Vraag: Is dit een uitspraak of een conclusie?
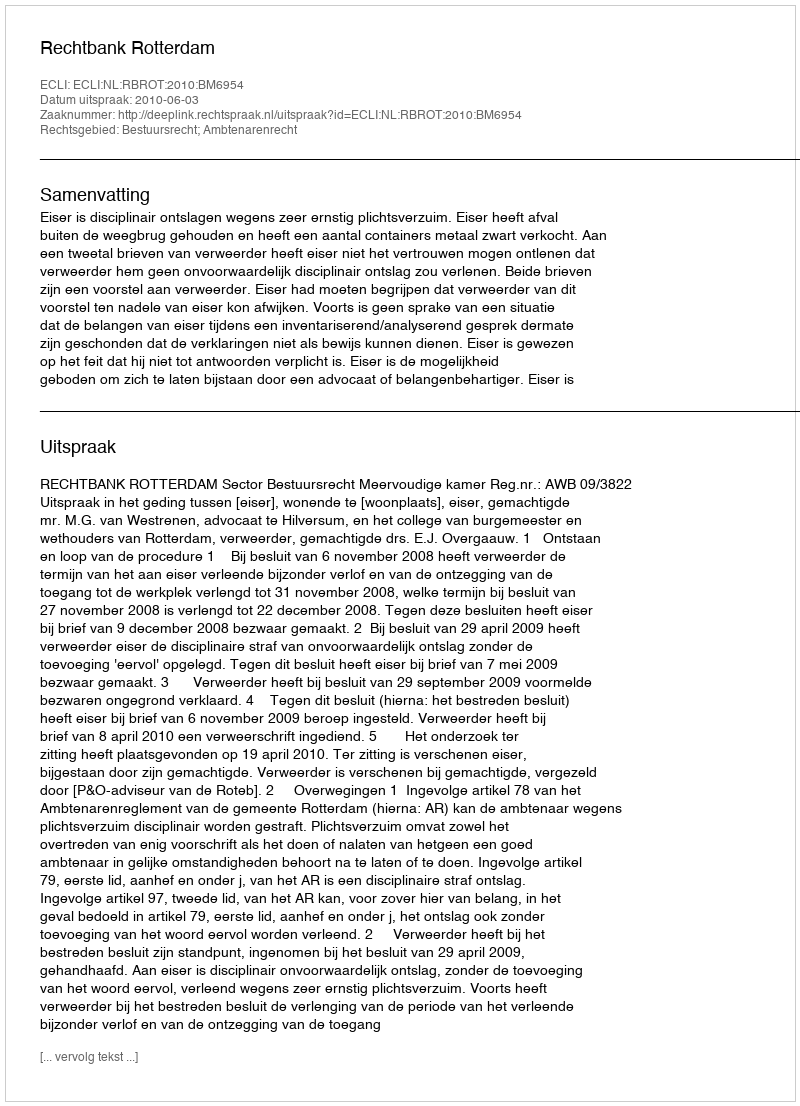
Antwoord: Uitspraak